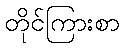
တိုင်ကြားစာ